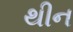
થીન